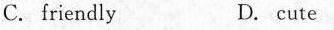
C. friendly D. cute